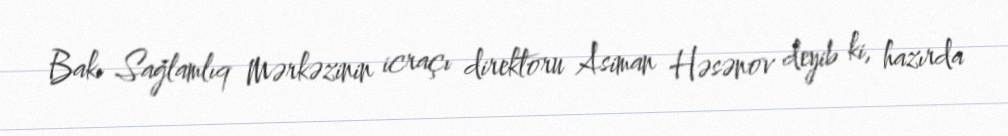
Bakı Sağlamlıq Mərkəzinin icraçı direktoru Asiman Həsənov deyib ki, hazırda